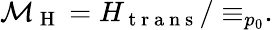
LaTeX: \begin{array}{r}{\mathcal{M}_{\mathrm{~H~}}=H_{\mathrm{~t~r~a~n~s~}}/\equiv_{p_{0}}.}\end{array}